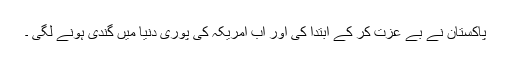
پاکستان نے بے عزت کر کے ابتدا کی اور اب امریکہ کی پوری دنیا میں گندی ہونے لگی ۔